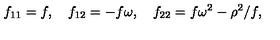
f _ { 1 1 } = f , \quad f _ { 1 2 } = - f \omega , \quad f _ { 2 2 } = f \omega ^ { 2 } - \rho ^ { 2 } / f ,